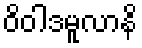
ဝိဝါဒမူလာနိ